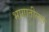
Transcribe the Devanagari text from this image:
भागातीलत